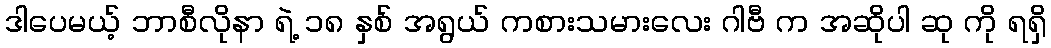
ဒါပေမယ့် ဘာစီလိုနာ ရဲ့ ၁၈ နှစ် အရွယ် ကစားသမားလေး ဂါဗီ က အဆိုပါ ဆု ကို ရရှိ